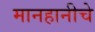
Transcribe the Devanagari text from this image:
मानहानीचे